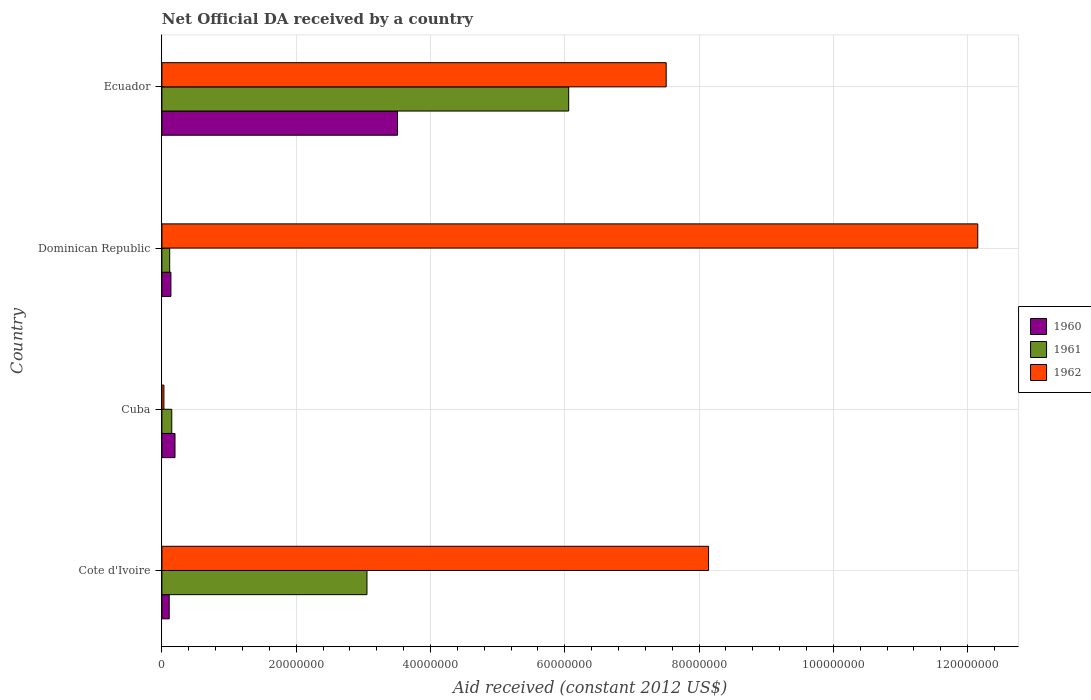
| Country | 1960 | 1961 | 1962 |
 | --- | --- | --- | --- |
 | Cote d'Ivoire | 1.09e+06 | 3.05e+07 | 8.14e+07 |
 | Cuba | 1.95e+06 | 1.47e+06 | 3e+05 |
 | Dominican Republic | 1.34e+06 | 1.16e+06 | 1.22e+08 |
 | Ecuador | 3.51e+07 | 6.06e+07 | 7.51e+07 |